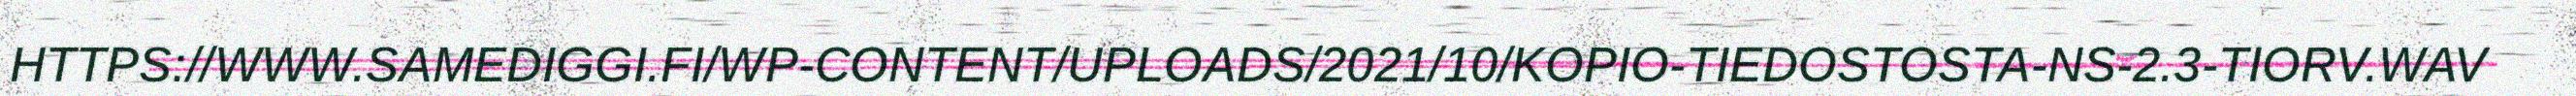
HTTPS://WWW.SAMEDIGGI.FI/WP-CONTENT/UPLOADS/2021/10/KOPIO-TIEDOSTOSTA-NS-2.3-TIORV.WAV